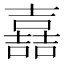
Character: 嚞